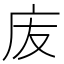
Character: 𢇬